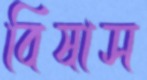
বিষাস